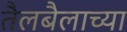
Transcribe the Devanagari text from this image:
तैलबैलाच्या